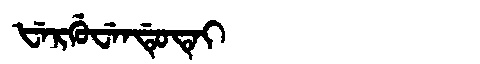
Manchu: ᡶᡝᡵᡤᡠᠸᡝᠨᡩᡠᡨᡝᡳ
Romanization: FERGUWENDUTEI